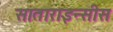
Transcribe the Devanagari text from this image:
साताराइन्सीस